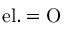
\mathrm { e l . } = \mathrm { O }